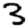
Digit: 3